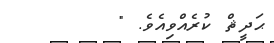
ޙަދީޘް ކުރެއްވިއެވެ. "